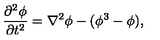
\frac { \partial ^ { 2 } \phi } { \partial t ^ { 2 } } = \nabla ^ { 2 } \phi - ( \phi ^ { 3 } - \phi ) ,